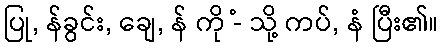
ပြု, န်ခွင်း, ချေ, န် ကို -ံ သို့ ကပ်, နံ ပြီး၏။